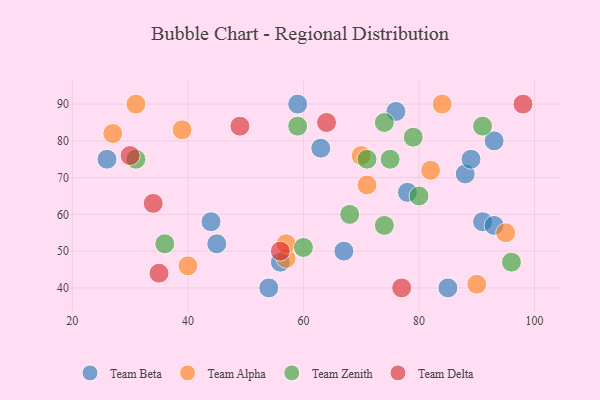
{"axis": {"x": "GDP", "y": "Life Expectancy"}, "legend": ["Team Alpha", "Team Beta", "Team Delta", "Team Zenith"], "data": [{"x": "78", "y": 66, "type": "Team Beta"}, {"x": "93", "y": 80, "type": "Team Beta"}, {"x": "91", "y": 58, "type": "Team Beta"}, {"x": "88", "y": 71, "type": "Team Beta"}, {"x": "45", "y": 52, "type": "Team Beta"}, {"x": "59", "y": 90, "type": "Team Beta"}, {"x": "56", "y": 47, "type": "Team Beta"}, {"x": "54", "y": 40, "type": "Team Beta"}, {"x": "93", "y": 57, "type": "Team Beta"}, {"x": "63", "y": 78, "type": "Team Beta"}, {"x": "67", "y": 50, "type": "Team Beta"}, {"x": "26", "y": 75, "type": "Team Beta"}, {"x": "89", "y": 75, "type": "Team Beta"}, {"x": "76", "y": 88, "type": "Team Beta"}, {"x": "85", "y": 40, "type": "Team Beta"}, {"x": "44", "y": 58, "type": "Team Beta"}, {"x": "71", "y": 68, "type": "Team Alpha"}, {"x": "84", "y": 90, "type": "Team Alpha"}, {"x": "27", "y": 82, "type": "Team Alpha"}, {"x": "90", "y": 41, "type": "Team Alpha"}, {"x": "70", "y": 76, "type": "Team Alpha"}, {"x": "57", "y": 48, "type": "Team Alpha"}, {"x": "82", "y": 72, "type": "Team Alpha"}, {"x": "31", "y": 90, "type": "Team Alpha"}, {"x": "40", "y": 46, "type": "Team Alpha"}, {"x": "57", "y": 52, "type": "Team Alpha"}, {"x": "95", "y": 55, "type": "Team Alpha"}, {"x": "39", "y": 83, "type": "Team Alpha"}, {"x": "91", "y": 84, "type": "Team Zenith"}, {"x": "80", "y": 65, "type": "Team Zenith"}, {"x": "74", "y": 85, "type": "Team Zenith"}, {"x": "59", "y": 84, "type": "Team Zenith"}, {"x": "96", "y": 47, "type": "Team Zenith"}, {"x": "79", "y": 81, "type": "Team Zenith"}, {"x": "60", "y": 51, "type": "Team Zenith"}, {"x": "36", "y": 52, "type": "Team Zenith"}, {"x": "74", "y": 57, "type": "Team Zenith"}, {"x": "68", "y": 60, "type": "Team Zenith"}, {"x": "75", "y": 75, "type": "Team Zenith"}, {"x": "31", "y": 75, "type": "Team Zenith"}, {"x": "71", "y": 75, "type": "Team Zenith"}, {"x": "98", "y": 90, "type": "Team Delta"}, {"x": "64", "y": 85, "type": "Team Delta"}, {"x": "77", "y": 40, "type": "Team Delta"}, {"x": "56", "y": 50, "type": "Team Delta"}, {"x": "49", "y": 84, "type": "Team Delta"}, {"x": "34", "y": 63, "type": "Team Delta"}, {"x": "30", "y": 76, "type": "Team Delta"}, {"x": "35", "y": 44, "type": "Team Delta"}]}